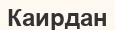
Каирдан